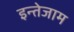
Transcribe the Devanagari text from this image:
इन्तेजाम